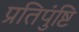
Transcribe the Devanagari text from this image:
प्रतिपुंष्टि